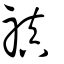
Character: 禛